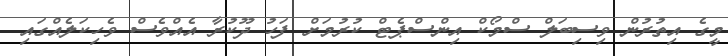
މީގެ އިތުރުން ވިސިބަލް ސްމޯކް އިންސްޕެޓް ކުރުމަށް ފަހު ދޫކުރާ އެއްވެސް ވެހިކަލެއްގައި